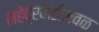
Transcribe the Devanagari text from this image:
महेंद्रवाडीजवळ